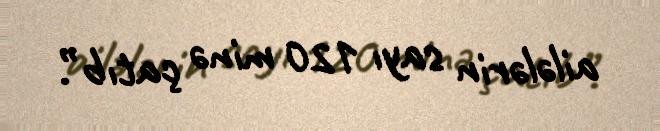
ailələrin sayı 120 minə çatıb”.